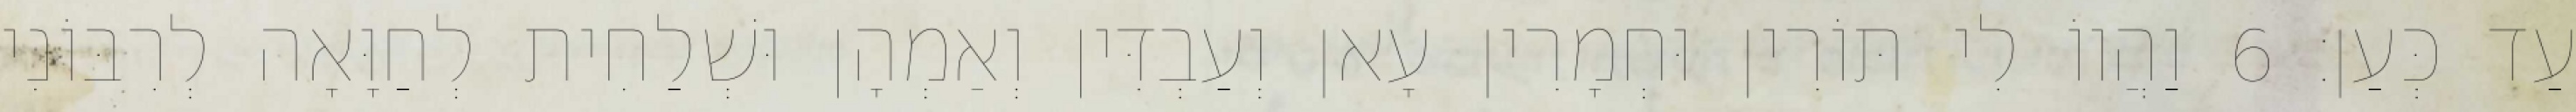
עַד כְּעַן׃ 6 וַהֲווֹ לִי תּוֹרִין וּחְמָרִין עָאן וְעַבְדִּין וְאַמְהָן וּשְׁלַחִית לְחַוָּאָה לְרִבּוֹנִי